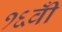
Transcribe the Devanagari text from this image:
१६वीँ